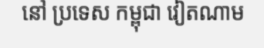
នៅ ប្រទេស កម្ពុជា វៀតណាម